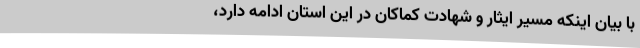
با بیان اینکه مسیر ایثار و شهادت کماکان در این استان ادامه دارد،